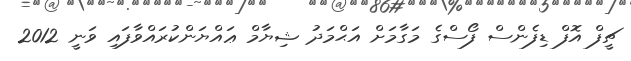
ޗީފް އޮފް ޑިފެންސް ފޯސްގެ މަގާމަށް އަޙްމަދު ޝިޔާމް ޢައްޔަންކުރައްވާފައި ވަނީ 2012